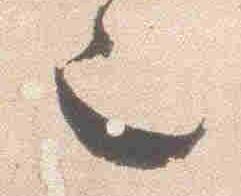
也